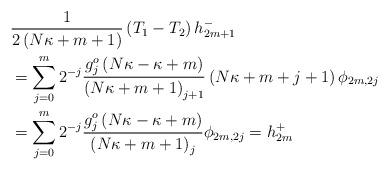
LaTeX: \begin{align*}& \frac{1}{2\left( N\kappa+m+1\right) }\left( T_{1}-T_{2}\right)h_{2m+1}^{-}\\& =\sum_{j=0}^{m}2^{-j}\frac{g_{j}^{o}\left( N\kappa-\kappa+m\right)}{\left( N\kappa+m+1\right) _{j+1}}\left( N\kappa+m+j+1\right)\phi_{2m,2j}\\& =\sum_{j=0}^{m}2^{-j}\frac{g_{j}^{o}\left( N\kappa-\kappa+m\right)}{\left( N\kappa+m+1\right) _{j}}\phi_{2m,2j}=h_{2m}^{+}\end{align*}